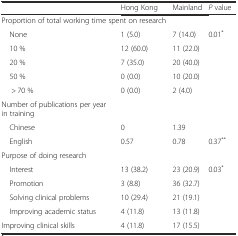
|  | Hong Kong | Mainland | P value |
 | --- | --- | --- | --- |
 | <COLSPAN=2> Proportion of total working time spent on research |  |  |
 | None | 1 (5.0) | 7 (14.0) | 0.01* |
 | 10 % | 12 (60.0) | 11 (22.0) |  |
 | 20 % | 7 (35.0) | 20 (40.0) |  |
 | 50 % | 0 (0.0) | 10 (20.0) |  |
 | > 70 % | 0 (0.0) | 2 (4.0) |  |
 | Number of publications per year in training |  |  |  |
 | Chinese | 0 | 1.39 |  |
 | English | 0.57 | 0.78 | 0.37** |
 | Purpose of doing research |  |  |  |
 | Interest | 13 (38.2) | 23 (20.9) | 0.03* |
 | Promotion | 3 (8.8) | 36 (32.7) |  |
 | Solving clinical problems | 10 (29.4) | 21 (19.1) |  |
 | Improving academic status | 4 (11.8) | 13 (11.8) |  |
 | Improving clinical skills | 4 (11.8) | 17 (15.5) |  |